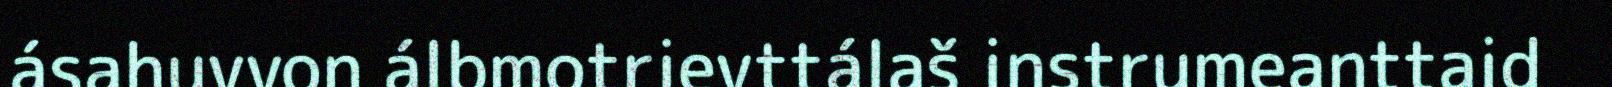
ásahuvvon álbmotrievttálaš instrumeanttaid